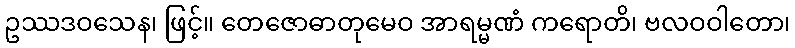
ဥဿဒဝသေန၊ ဖြင့်။ တေဇောဓာတုမေဝ အာရမ္မဏံ ကရောတိ၊ ဗလဝဝါတော၊